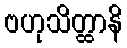
ဗဟုသိတ္ထာနိ